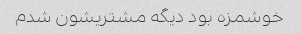
خوشمزه بود دیگه مشتریشون شدم